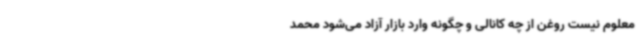
معلوم نیست روغن از چه کانالی و چگونه وارد بازار آزاد می‌شود محمد